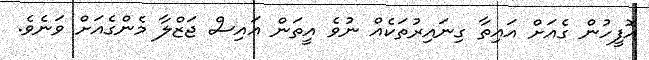
އޮފީހުން ގެއަށް އައިތާ ގިނައިރުތަކެއް ނުވެ އީތަން އައިސް ޖަޒްލާ މެންގެއަށް ވަނެވެ.